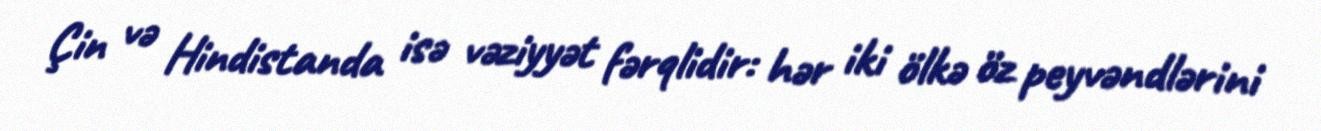
Çin və Hindistanda isə vəziyyət fərqlidir: hər iki ölkə öz peyvəndlərini